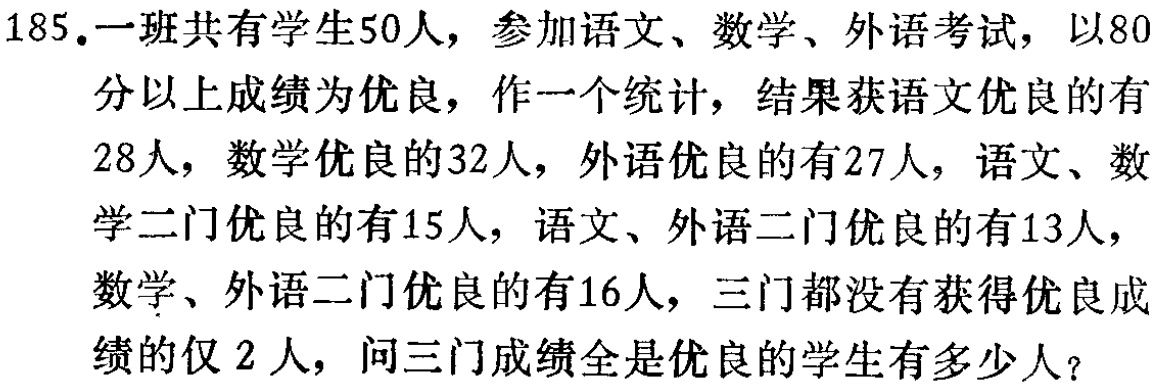
185.一班共有学生50人，参加语文、数学、外语考试，以80

分以上成绩为优良，作一个统计，结果获语文优良的有

28人，数学优良的32人，外语优良的有27人，语文、数

学二门优良的有15人，语文、外语二门优良的有13人，

数学、外语二门优良的有16人，三门都没有获得优良成

绩的仅2人，问三门成绩全是优良的学生有多少人？